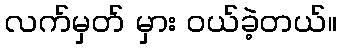
လက်မှတ် မှား ဝယ်ခဲ့တယ်။